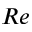
R e